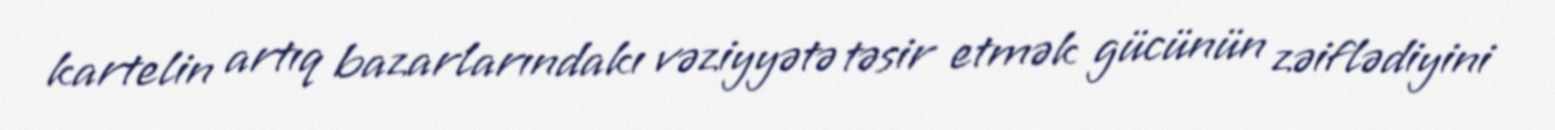
kartelin artıq bazarlarındakı vəziyyətə təsir etmək gücünün zəiflədiyini